Vaccination in Bombay 1856-1862 - 1856-1862
Year: 1856
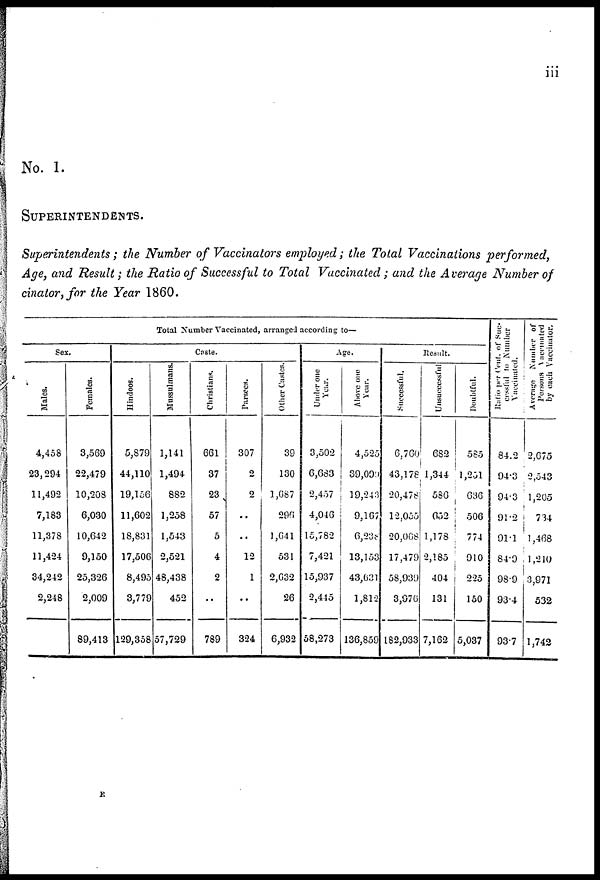
iii
No. 1.
SUPERINTENDENTS.
Superintendents; the Number of Vaccinators employed; the Total Vaccinations performed,
Age, and Result; the Ratio of Successful to Total Vaccinated; and the Average Number of
cinator,for the Year 1860.
Total Number Vaccinated, arranged according to—
Sex.
Males.
4,458
23,294
11,492
7,183
11,378
11,424
34,242
2,248
Females.
3,569
22,479
10,208
6,030
10,642
9,150
25,326
2,009
89,413
Caste.
Hindoos.
5,879
44,110
19,156
11,602
18,831
17,506
8,495
3,779
129,358
Mussulmans.
1,141
1,494
882
1,258
1,543
2,521
48,438
452
57,729
Christians.
661
37
23
57
5
4
2
..
789
Parsees.
307
2
2
..
..
12
1
..
324
Other Castes.
39
130
1,687
296
1,641
531
2,632
26
6,932
Age.
Under one
Year.
3,502
6,683
2,457
4,046
15,782
7,421
15,937
2,445
58,273
Above one
Year.
4,525
39,000
19,243
9,167
6,238
13,153
43,631
1,812
136,859
Result.
Successful.
6,760
43,178
20,478
12,055
20,068
17,479
58,939
3,976
182,933
Unsuccessful
682
1,344
580
652
1,178
2,185
404
131
7,162
Doubtful.
585
1,251
636
506
774
910
225
150
5,037
Ratio per Cent. of Suc¬
cessful to Number
Vaccinated.
84.2
94.3
94.3
91.2
91.1
84.9
98.9
93.4
93.7
Average
Number
of
Persons
Vaccinated
by
each
Vaccinator.
2,675
2,543
1,205
734
1,468
1,210
3,971
532
1,742
E